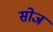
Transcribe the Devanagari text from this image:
सोज